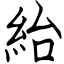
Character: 紿